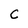
Character: C